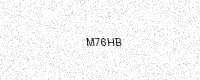
Text: M76HB